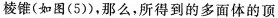
棱锥 ( 如图 ( 5 ) )，那么 ，所得到的多面体的顶